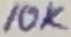
Text: 10K